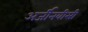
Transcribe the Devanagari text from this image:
अर्जीनवीसी